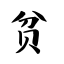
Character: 贫